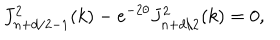
J _ { n + d / 2 - 1 } ^ { 2 } ( k ) - e ^ { - 2 \theta } J _ { n + d / 2 } ^ { 2 } ( k ) = 0 ,